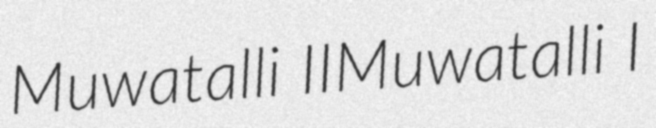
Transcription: Muwatalli IIMuwatalli I